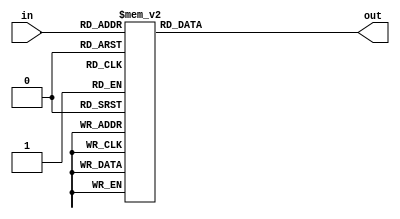
module sbox3(in,out);
input [4:0]in;
output [1:0]out;
reg [1:0]out;

always @(in)
        case (in)          // synthesis full_case
        5'h00:out=2'h2;
        5'h01:out=2'h0;
        5'h02:out=2'h1;
        5'h03:out=2'h2;
        5'h04:out=2'h2;
        5'h05:out=2'h3;
        5'h06:out=2'h3;
        5'h07:out=2'h1;
        5'h08:out=2'h1;
        5'h09:out=2'h1;
        5'h0a:out=2'h0;
        5'h0b:out=2'h3;
        5'h0c:out=2'h3;
        5'h0d:out=2'h0;
        5'h0e:out=2'h2;
        5'h0f:out=2'h0;
        5'h10:out=2'h1;
        5'h11:out=2'h3;
        5'h12:out=2'h0;
        5'h13:out=2'h1;
        5'h14:out=2'h3;
        5'h15:out=2'h0;
        5'h16:out=2'h2;
        5'h17:out=2'h2;
        5'h18:out=2'h2;
        5'h19:out=2'h0;
        5'h1a:out=2'h1;
        5'h1b:out=2'h2;
        5'h1c:out=2'h0;
        5'h1d:out=2'h3;
        5'h1e:out=2'h3;
        5'h1f:out=2'h1;
        endcase
endmodule